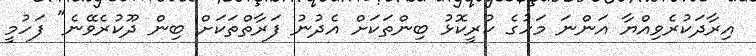
އިރާދަކުރެވިއްޔާ އަންނަ މަހުގެ ކުރީކޮޅު ބިންތަކަށް އެދުނު ފަރާތްތަކަށް ބިން ދޫކުރެވޭނެ" ފަހުމީ